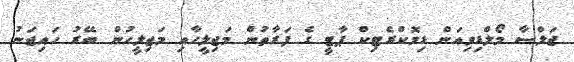
ޖަލްސާ މޯލްޑިވިއަން ޑިމޮކްރެޓިކް ޕާޓީ ގެ ފަރާތުން މަޖިލީހާއި މަޖިލީހުން ބޭރު ހައިޖަނު